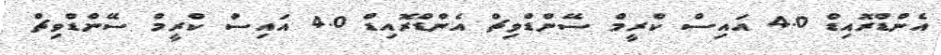
އެންޑްރޮއިޑް 4.0 އައިސް ކްރީމް ސޭންޑްވިޗް އެންޑްރޮއިޑް 4.0 އައިސް ކްރީމް ސޭންޑްވިޗް